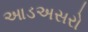
આડઅસરો